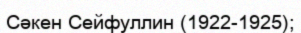
Сәкен Сейфуллин (1922-1925);